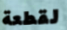
لقطعة